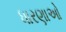
ધારણાઓ